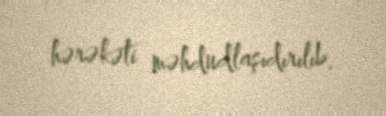
hərəkəti məhdudlaşıdırılıb.